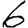
Digit: 6